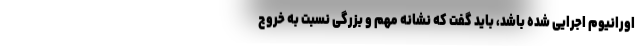
اورانیوم اجرایی شده باشد، باید گفت که نشانه مهم و بزرگی نسبت به خروج